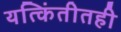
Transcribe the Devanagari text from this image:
यत्किंतीतही